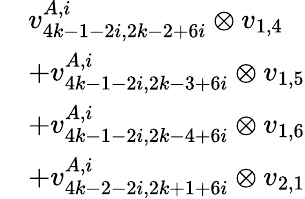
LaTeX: \begin{array}{rl}&{v_{4k-1-2i,2k-2+6i}^{A,i}\otimes v_{1,4}}\\ &{+v_{4k-1-2i,2k-3+6i}^{A,i}\otimes v_{1,5}}\\ &{+v_{4k-1-2i,2k-4+6i}^{A,i}\otimes v_{1,6}}\\ &{+v_{4k-2-2i,2k+1+6i}^{A,i}\otimes v_{2,1}}\end{array}